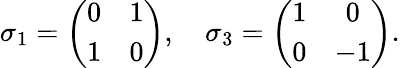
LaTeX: \sigma_{1}=\left(\begin{array}{cc}{{0}}&{{1}}\\ {{1}}&{{0}}\end{array}\right),~~~~\sigma_{3}=\left(\begin{array}{cc}{{1}}&{{0}}\\ {{0}}&{{-1}}\end{array}\right).